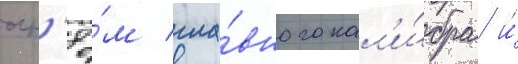
огн'ё́м гла́вного кал'и́бра и́